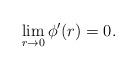
LaTeX: \begin{align*} \lim_{r \to 0} \phi'(r) = 0 . \end{align*}